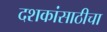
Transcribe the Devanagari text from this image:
दशकांसाठीचा